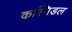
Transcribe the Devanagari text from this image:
कस्पिडल